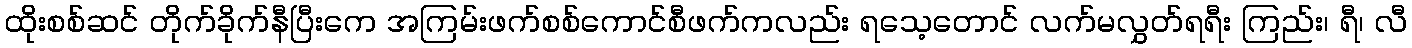
ထိုးစစ်ဆင် တိုက်ခိုက်နီပြီးကေ အကြမ်းဖက်စစ်ကောင်စီဖက်ကလည်း ရသေ့တောင် လက်မလွှတ်ရရီး ကြည်း၊ ရီ၊ လီ